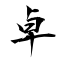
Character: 卓